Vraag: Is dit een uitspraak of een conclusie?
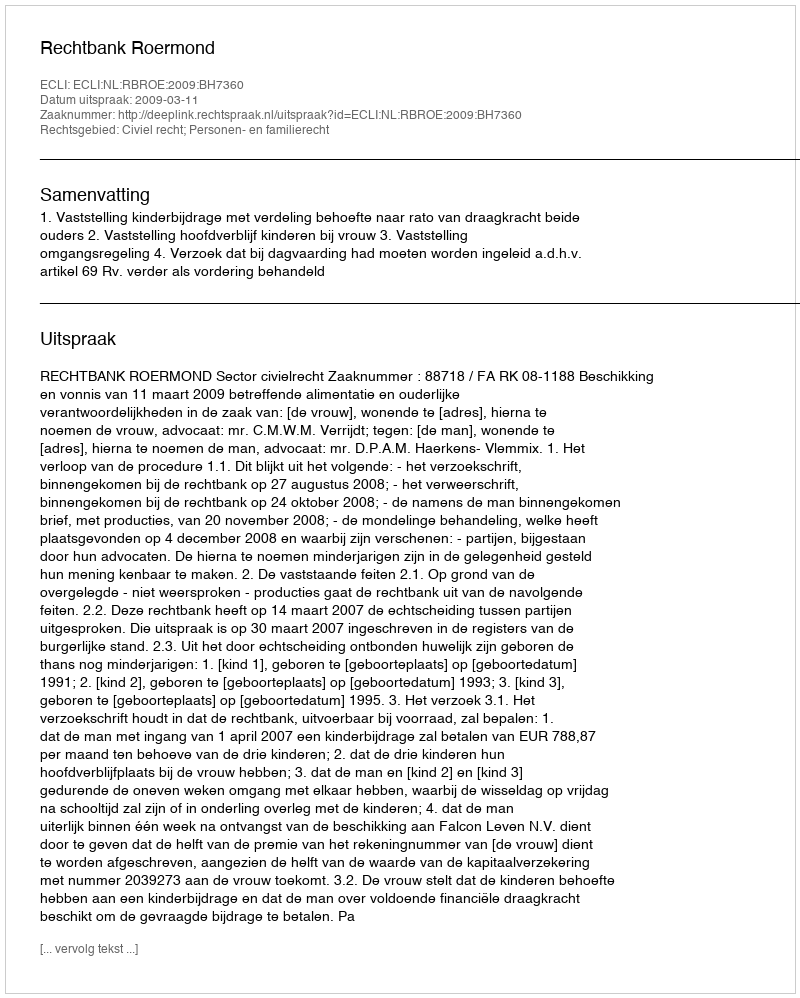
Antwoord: Uitspraak